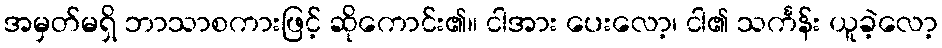
အမှတ်မရှိ ဘာသာစကားဖြင့် ဆိုကောင်း၏။ ငါအား ပေးလော့၊ ငါ၏ သင်္ကန်း ယူခဲ့လော့